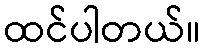
ထင်ပါတယ်။